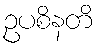
ဥပစိနတိ